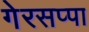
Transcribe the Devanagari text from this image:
गेरसप्पा